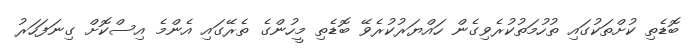
ބޮޑެތި ކުށްތަކުގައި ތުހުމަތުކުރެވިގެން ހައްޔަރުކުރެވޭ ބޮޑެތި މީހުންގެ ތެރޭގައި އެންމެ އިސްކޮށް ގިނަފަހަރު